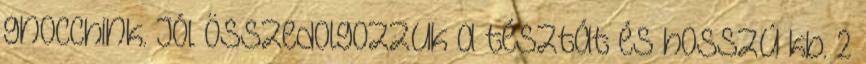
gnocchink. Jól összedolgozzuk a tésztát és hosszú kb. 2